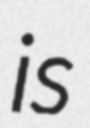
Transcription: is